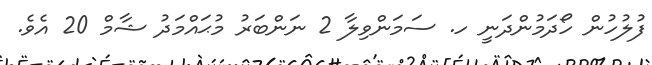
ފުލުހުން ހޯދަމުންދަނީ ހ. ސަމަންވިލާ 2 ނަންބަރު މުޙައްމަދު ޝާމް 20 އެވެ.